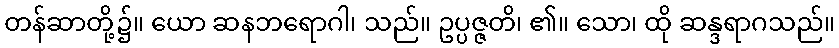
တန်ဆာတို့၌။ ယော ဆနဘရောဂါ၊ သည်။ ဥပ္ပဇ္ဇတိ၊ ၏။ သော၊ ထို ဆန္ဒရာဂသည်။